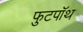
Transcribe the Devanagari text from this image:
फुटपॉथ